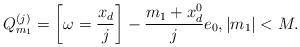
LaTeX: \begin{align*}Q_{m_1}^{(j)}=\left[\omega=\frac{x_d}{j}\right]-\frac{m_{1}+x_d^{0}}{j}e_0,|m_{1}|<M.\end{align*}